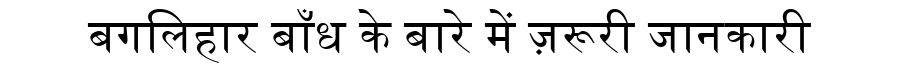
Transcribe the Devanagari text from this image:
बगलिहार बाँध के बारे में ज़रूरी जानकारी